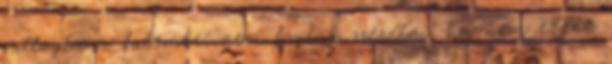
suttogta a fülembe: nem foglak szeretni, ha nem ebben